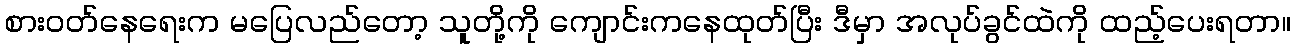
စားဝတ်နေရေးက မပြေလည်တော့ သူတို့ကို ကျောင်းကနေထုတ်ပြီး ဒီမှာ အလုပ်ခွင်ထဲကို ထည့်ပေးရတာ။